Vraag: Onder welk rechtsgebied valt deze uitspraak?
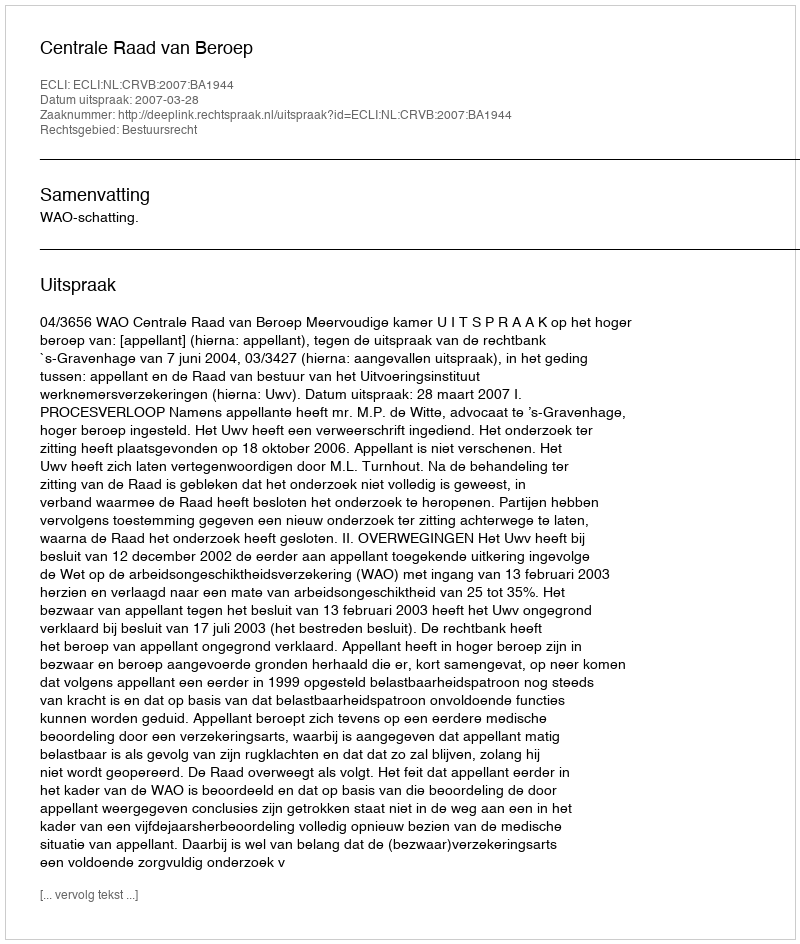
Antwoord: Bestuursrecht